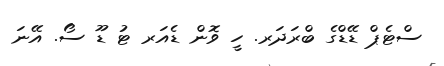
ސްޓެޕް ޑޭޑްގެ ބްރަދަރ. ހީ ވޮން ޑެއަރ ޓު ޑޫ ސޯ. އޭނަ